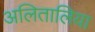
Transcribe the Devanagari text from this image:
अलितालिया